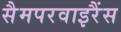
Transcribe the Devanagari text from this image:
सैमपरवाइरैंस